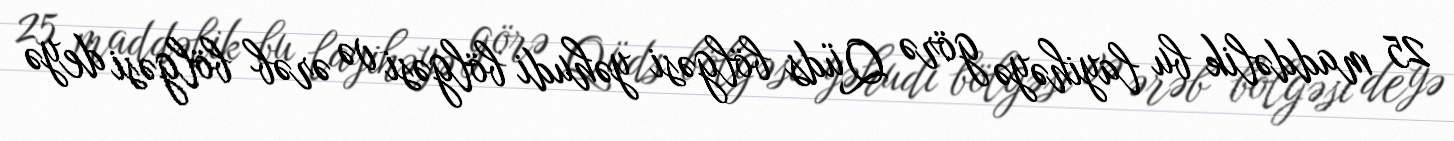
25 maddəlik bu layihəyə görə Qüds bölgəsi yəhudi bölgəsi və ərəb bölgəsi deyə